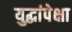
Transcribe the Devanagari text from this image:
युद्धांपेक्षा